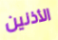
الأذنين